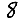
Digit: 8